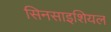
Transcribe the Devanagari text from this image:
सिनसाइशियल